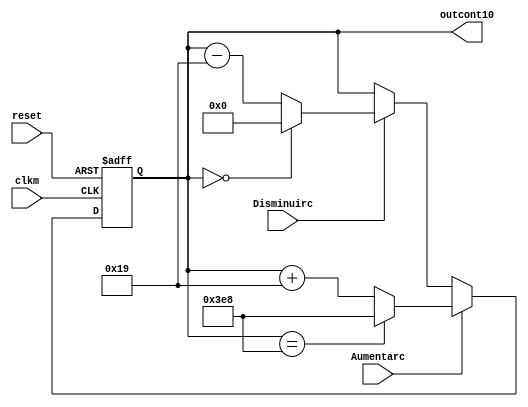
`timescale 1ns / 1ps
//////////////////////////////////////////////////////////////////////////////////
// Company: 
// Engineer: 
// 
// Design Name: 
// Module Name:    Cont10bits 
// Project Name: 
// Target Devices: 
// Tool versions: 
// Description: 
//
// Dependencies: 
//
// Revision: 
// Revision 0.01 - File Created
// Additional Comments: 
//
//////////////////////////////////////////////////////////////////////////////////
module Cont10bits(
    input wire  Aumentarc,
    input wire Disminuirc,
    input wire clkm,
	 input wire reset,
    output wire  [9:0] outcont10
    );
reg signed[9:0] cont;


   always @(posedge clkm, posedge reset)
		
		if (reset)
			begin
			cont <= 10'b0000000000;
			end

		else begin
			if (Aumentarc==1'b1)
				begin
					if (cont == 10'd 1000)begin
						cont <= 10'd 1000;
						end
					else cont <= cont + 10'd 25;
				end 
			else if(Disminuirc==1'b1)
				begin
					if (cont == 10'b0000000000)begin
						cont <= 10'd0;
					end
					else cont <= cont - 10'd 25;
				end 
			else  
				begin
					cont <= cont;
				end	
		end
			
assign outcont10=cont;

endmodule